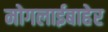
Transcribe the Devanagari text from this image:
मोगलाईबाहेर